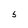
Character: 5